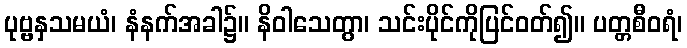
ပုဗ္ဗနှသမယံ၊ နံနက်အခါ၌။ နိဝါသေတွာ၊ သင်းပိုင်ကိုပြင်ဝတ်၍။ ပတ္တစီဝရံ၊